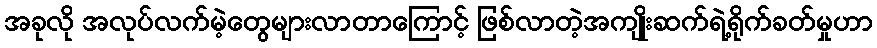
အခုလို အလုပ်လက်မဲ့တွေများလာတာကြောင့် ဖြစ်လာတဲ့အကျိုးဆက်ရဲ့ရိုက်ခတ်မှုဟာ